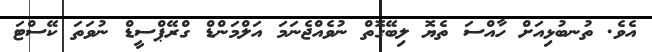
އެވެ. ތުނބުޅިއަށް ހާއްސަ ތެޔޮ ލިބޭގޮތް ނުވެއްޖެނަމަ އަލްމަންޑް ގްރޭޕްސީޑް ނުވަތަ ކޭސްޓަ